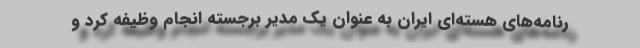
رنامه‌های هسته‌ای ایران به عنوان یک مدیر برجسته انجام وظیفه کرد و